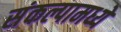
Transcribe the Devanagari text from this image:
संकल्पामध्ये